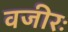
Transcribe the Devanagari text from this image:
वजीरः